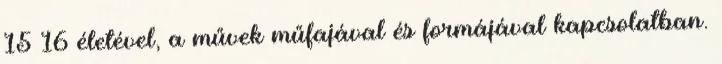
15 16 életével, a művek műfajával és formájával kapcsolatban.